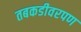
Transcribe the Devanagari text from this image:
तबकडीवरपण